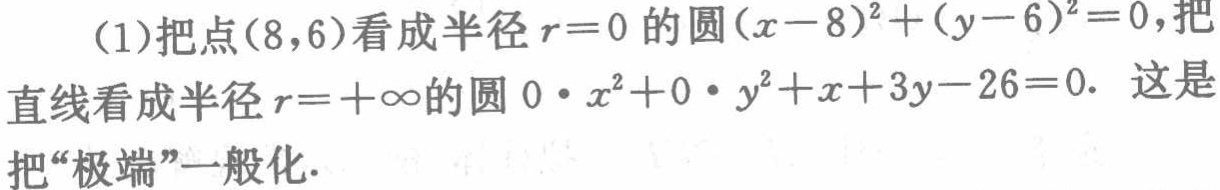
(1)把点\((8,6)\)看成半径\(r = 0\)的圆\((x - 8)^2+(y - 6)^2 = 0\)，把直线看成半径\(r=+\infty\)的圆\(0\cdot x^2 + 0\cdot y^2+x + 3y - 26 = 0\). 这是把“极端”一般化.